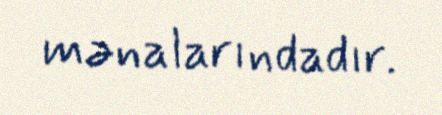
mənalarındadır.